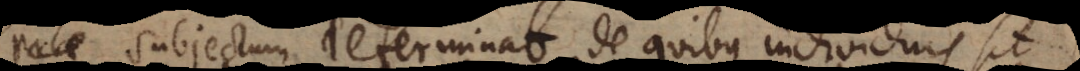
Subjectum determinat de quibus individuis sit